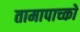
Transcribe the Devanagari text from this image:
तामापाच्को